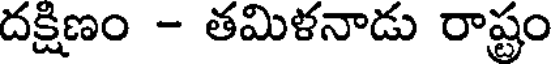
దక్షిణం - తమిళనాడు రాష్టం